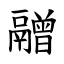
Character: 䰝